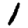
Digit: 1